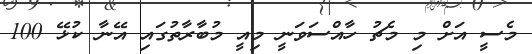
މެސީ އަށް މި މެޗު ހާއްސަވަނީ މިއީ މުބާރާތުގައި އޭނާ ކުޅޭ 100